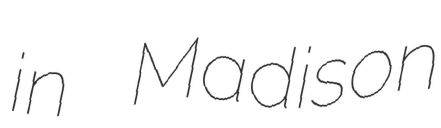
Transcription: in Madison